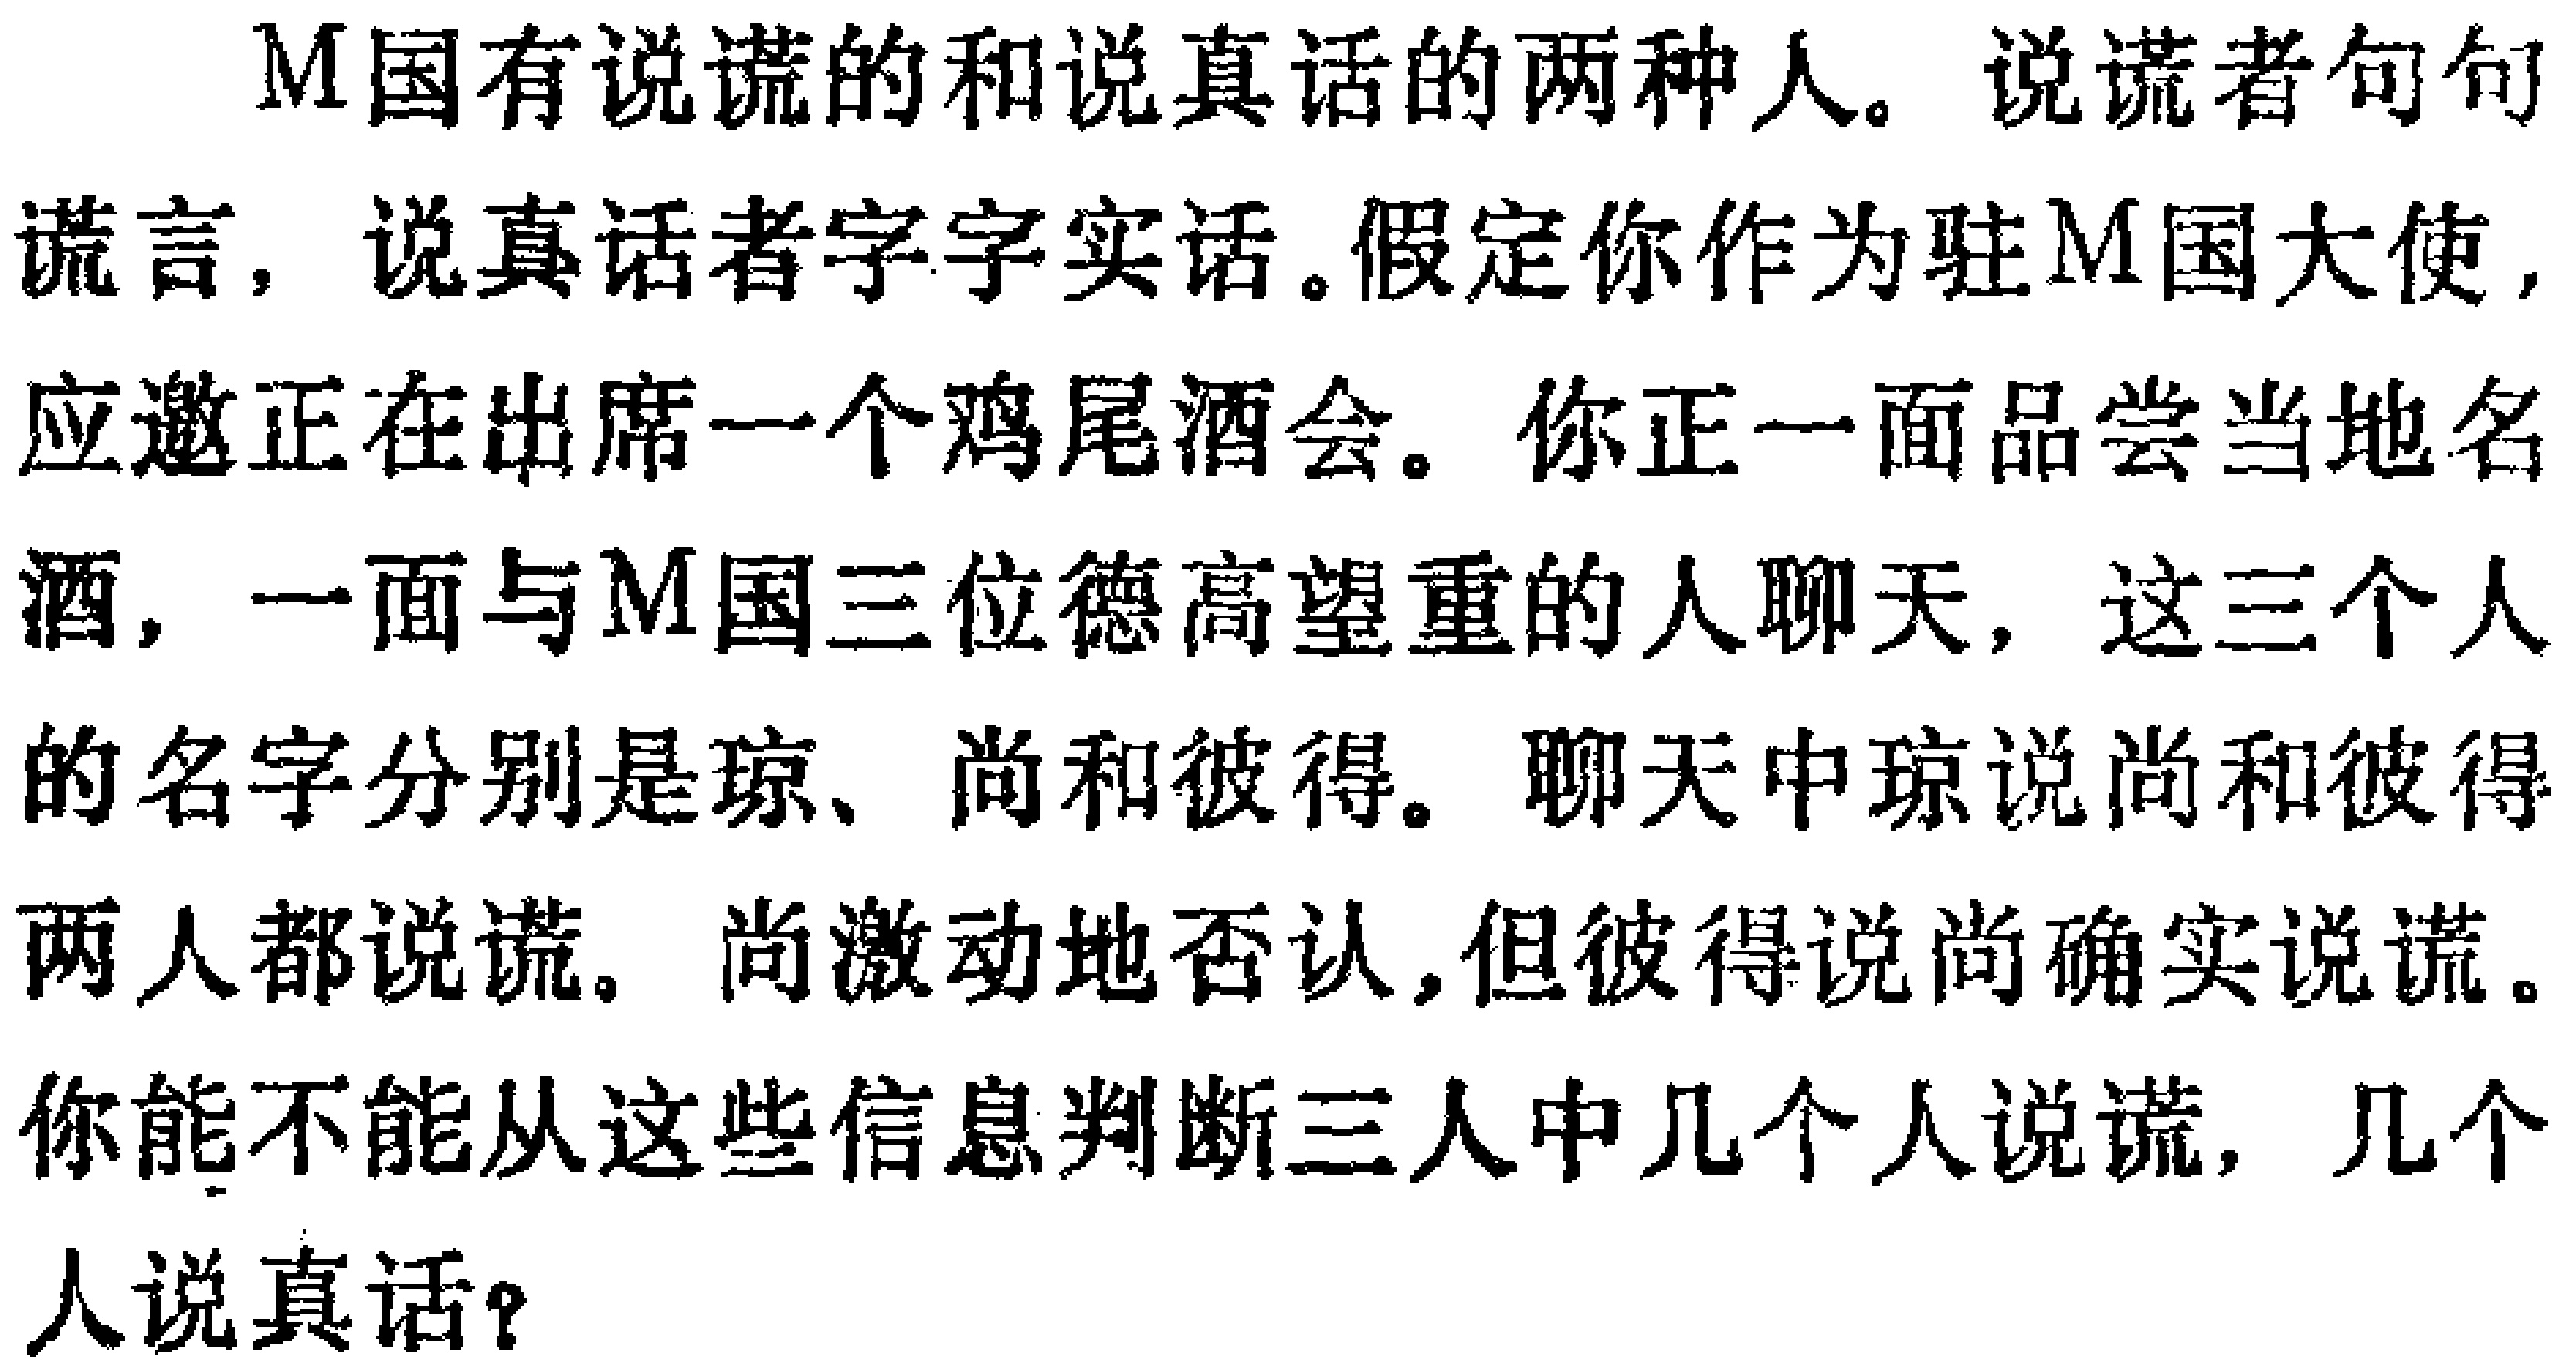
M国有说谎的和说真话的两种人。说谎者句句谎言，说真话者字字实话。假定你作为驻M国大使，应邀正在出席一个鸡尾酒会。你正一面品尝当地名酒，一面与M国三位德高望重的人聊天，这三个人的名字分别是琼、尚和彼得。聊天中琼说尚和彼得两人都说谎。尚激动地否认，但彼得说尚确实说谎。你能不能从这些信息判断三人中几个人说谎，几个人说真话？